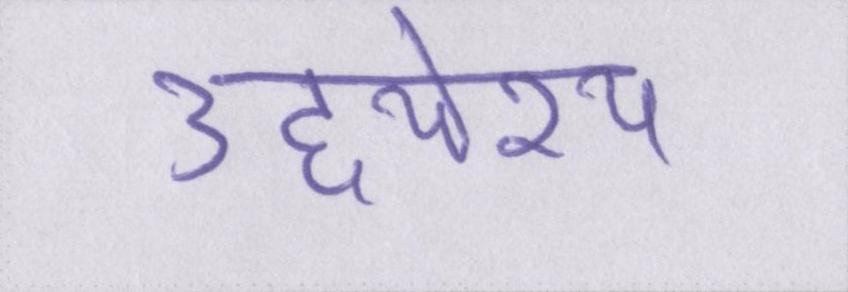
उद्द्येश्य